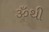
ૐથી